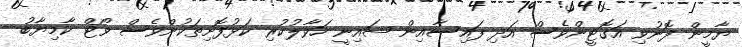
ޔާމީން ފޮނުވި އަގޮޓީންވެސް އަދި ފައިސާއިން ޝައިނީ ހަވާލުކުރި ކަޅުފޮށިތަކުންވެސް ވޯޓް ކާމިޔާބު